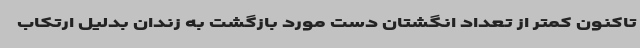
تاکنون کمتر از تعداد انگشتان دست مورد بازگشت به زندان بدلیل ارتکاب